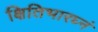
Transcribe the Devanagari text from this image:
क्षितिभारघ्नं